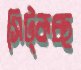
সিট্‌কচ্ছ